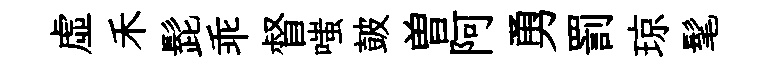
虚禾髭乖督嗤皷曽阿勇罰琼髦